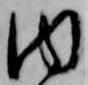
内